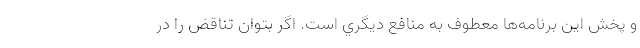
و پخش اين برنامه‌ها معطوف به منافع ديگري است. اگر بتوان تناقض را در